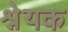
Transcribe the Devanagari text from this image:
श्नेयक